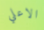
الاعلي